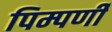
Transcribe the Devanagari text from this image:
पिम्पर्णी